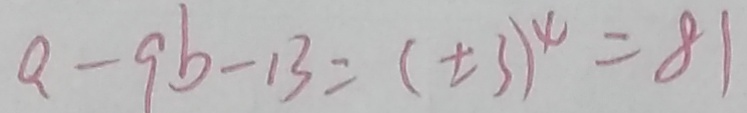
a - 9 b - 1 3 = ( \pm 3 ) ^ { 4 } = 8 1